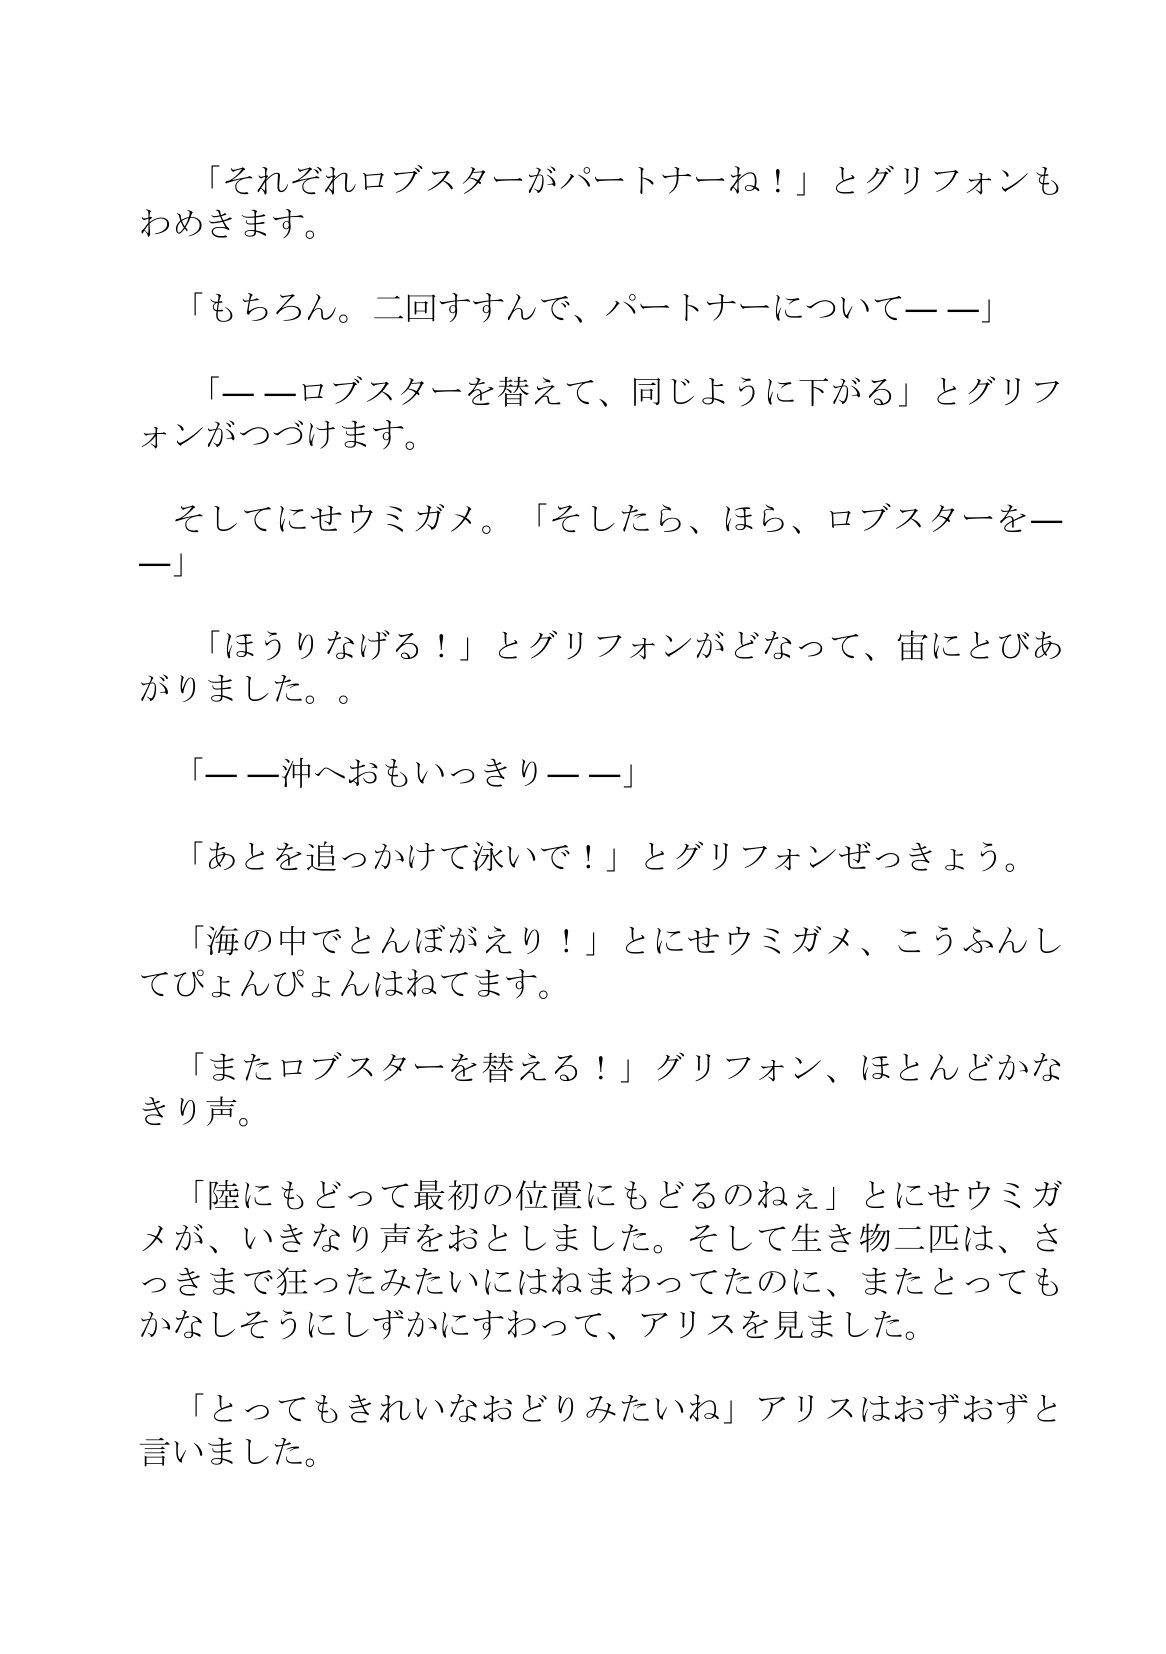
Language: ja